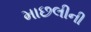
માછલીની